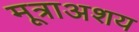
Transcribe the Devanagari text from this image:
मूत्राअशय